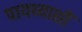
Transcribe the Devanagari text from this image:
पायथ्याशीं